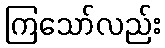
ကြသော်လည်း